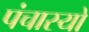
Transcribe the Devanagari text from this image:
पंचास्यो